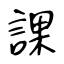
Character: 課